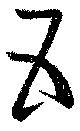
五